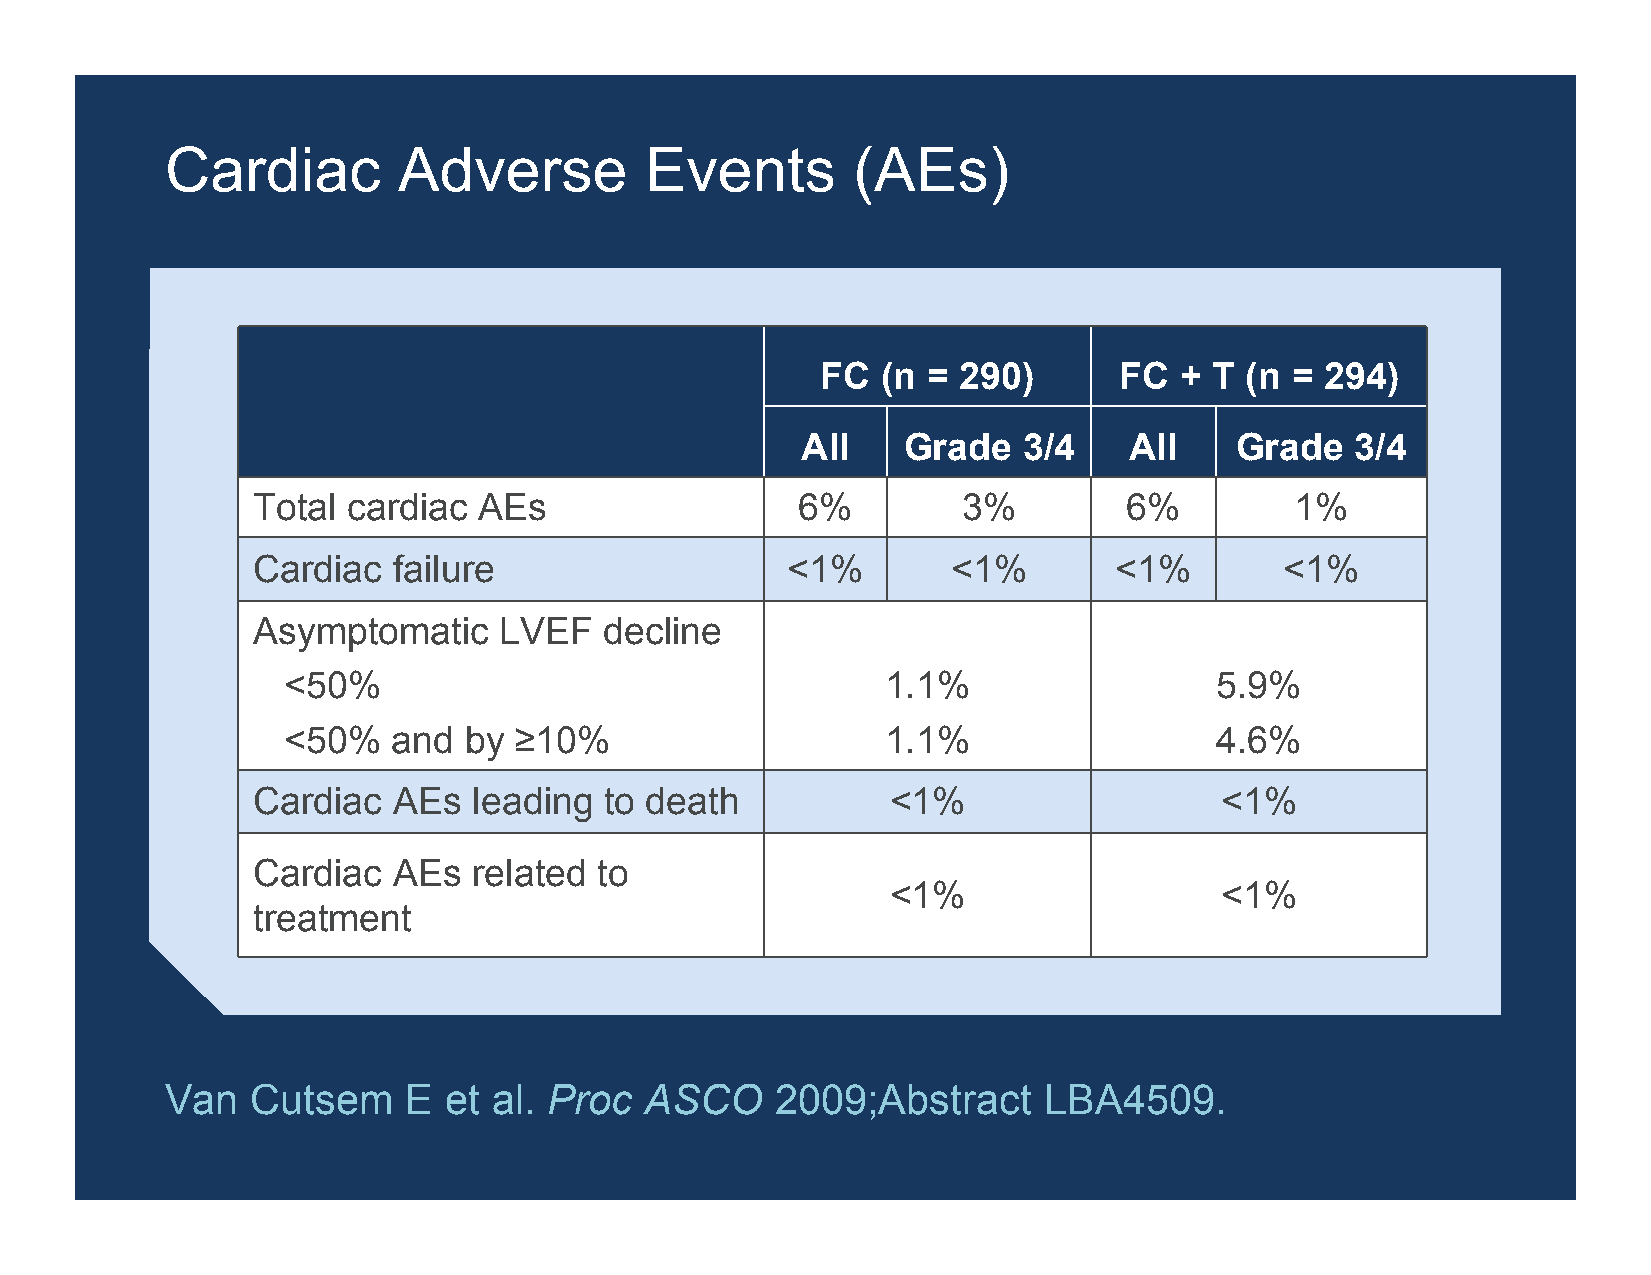
Cardiac        Adverse          Events       (AEs)
 FC  (n = 290)       FC  + T (n =  294)
 AII    Grade   3/4    AII    Grade   3/4
 Total cardiac  AEs                  6%         3%         6%         1%
 Cardiac  failure                   <1%        <1%        <1%        <1%
 Asymptomatic    LVEF   decline
 <50%                                    1.1%                 5.9%
 <50%   and  by ≥10%                     1.1%                 4.6%
 Cardiac  AEs  leading  to death           <1%                   <1%
 Cardiac  AEs  related  to
 <1%                   <1%
 treatment
 Van   Cutsem    E et  al. Proc  ASCO    2009;Abstract     LBA4509.